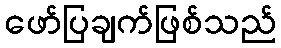
ဖော်ပြချက်ဖြစ်သည်